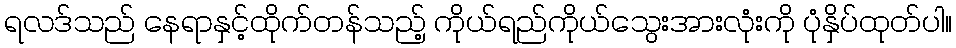
ရလဒ်သည် နေရာနှင့်ထိုက်တန်သည့် ကိုယ်ရည်ကိုယ်သွေးအားလုံးကို ပုံနှိပ်ထုတ်ပါ။